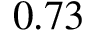
0 . 7 3